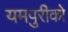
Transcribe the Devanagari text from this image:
यमपुरीको